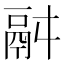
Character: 𩰫